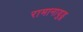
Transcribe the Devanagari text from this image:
रामानायुडू